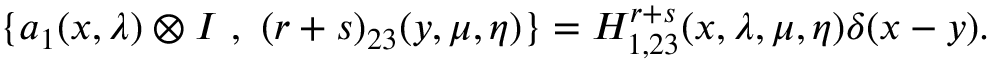
\{ a _ { 1 } ( x , \lambda ) \otimes I ~ , ~ ( r + s ) _ { 2 3 } ( y , \mu , \eta ) \} = H _ { 1 , 2 3 } ^ { r + s } ( x , \lambda , \mu , \eta ) \delta ( x - y ) .